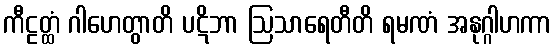
ကီဠတ္ထံ ဂါဟေတွာတိ ပဋိဘာ ဩသာရေတီတိ ရမဏံ အနုဂ္ဂါဟကာ